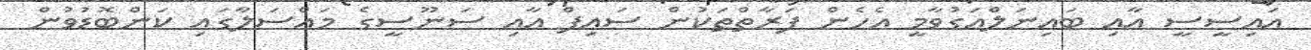
އައިސީސީ އާއި ބައިނަލްއަގުވާމީ އެހެން ފަރާތްތަކުން ސައިފް އާއި ސަނޫސީގެ މައްސަލާގައި ކަންބޮޑުވުން